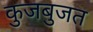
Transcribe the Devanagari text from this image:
कुजबुजत